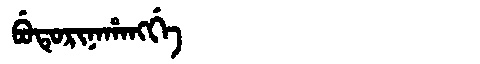
Manchu: ᠪᡠᡨᡠᡵᡳᠨᠠᡥᠠᠩᡤᡝ
Romanization: BUTURINAHANGGE